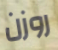
روزن